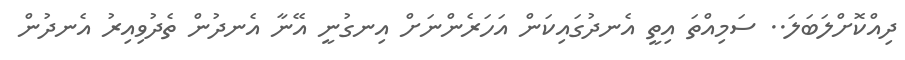
ދިއްކޮށްލަބަލަ.. ސަމިއްތަ އިތީ އެނދުގައިކަން އަހަރެންނަށް އިނގުނީ އޭނާ އެނދުން ތެދުވިއިރު އެނދުން